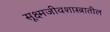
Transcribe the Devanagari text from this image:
सूक्ष्मजीवशास्त्रातील